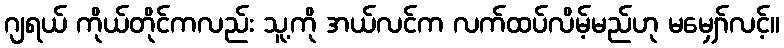
ဂျရယ် ကိုယ်တိုင်ကလည်း သူ့ကို အယ်လင်က လက်ထပ်လိမ့်မည်ဟု မမျှော်လင့်။